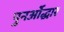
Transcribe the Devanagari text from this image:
पुनर्ओद्धार